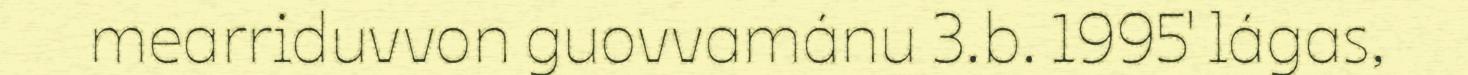
mearriduvvon guovvamánu 3.b. 1995' lágas,